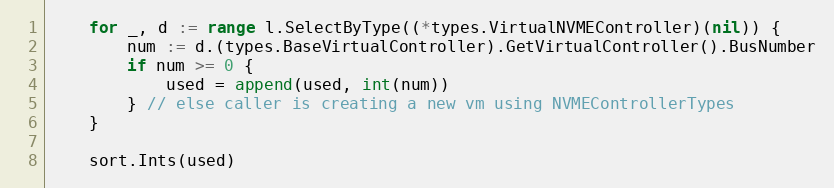
Language: Go
	for _, d := range l.SelectByType((*types.VirtualNVMEController)(nil)) {
		num := d.(types.BaseVirtualController).GetVirtualController().BusNumber
		if num >= 0 {
			used = append(used, int(num))
		} // else caller is creating a new vm using NVMEControllerTypes
	}

	sort.Ints(used)